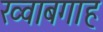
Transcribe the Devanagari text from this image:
ख्‍वाबगाह